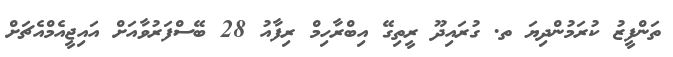
ތަންފީޒު ކުރަމުންދިޔަ ތ. ގުރައިދޫ ރީތިގޭ އިބްރާހިމް ރިފާއު 28 ބޭސްފަރުވާއަށް އައިޖީއެމްއެޗަށް